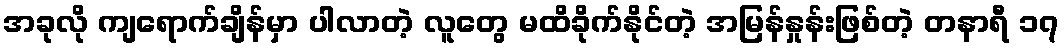
အခုလို ကျရောက်ချိန်မှာ ပါလာတဲ့ လူတွေ မထိခိုက်နိုင်တဲ့ အမြန်နှုန်းဖြစ်တဲ့ တနာရီ ၁၇